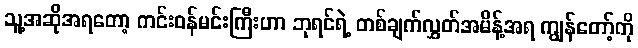
သူ့အဆိုအရတော့ ကင်းဝန်မင်းကြီးဟာ ဘုရင်ရဲ့ တစ်ချက်လွှတ်အမိန့်အရ ကျွန်တော့်ကို